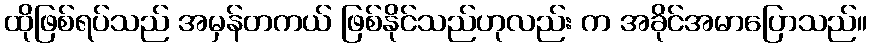
ထိုဖြစ်ရပ်သည် အမှန်တကယ် ဖြစ်နိုင်သည်ဟုလည်း က အခိုင်အမာပြောသည်။